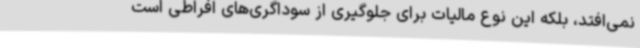
نمی‌افتد، بلکه این نوع مالیات برای جلوگیری از سوداگری‌های افراطی است